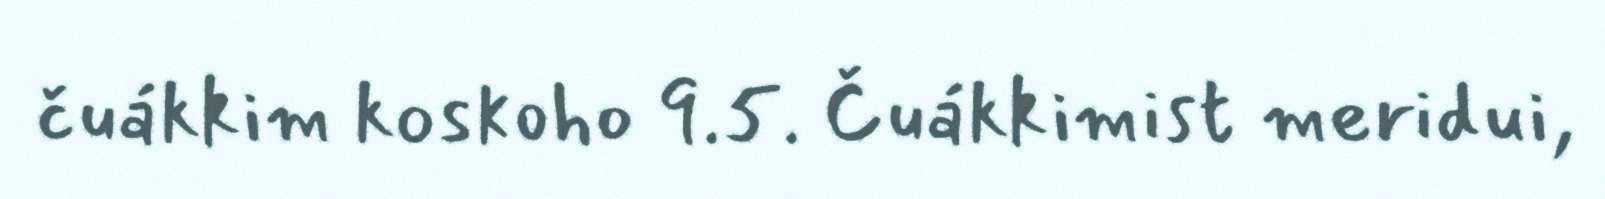
čuákkim koskoho 9.5. Čuákkimist meridui,